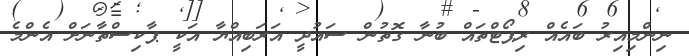
ނިންމިއިރު ބައެއް ރިޕޯޓްތައް ބުނާ ގޮތުން ސައުދީ އަރަބިއްޔާ އަކީ ޕާކިސްތާނަށް އެންމެ